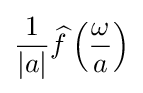
{\frac {1}{|a|}}{\widehat {f}}\left({\frac {\omega }{a}}\right)